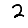
Digit: 2